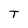
Character: T